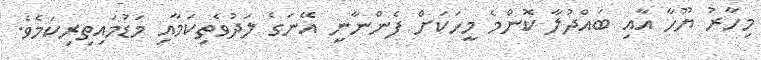
މިހާރު ޔޫހާ އާއި ބައްދުލާ ކޮންމެ މީހަކަށް ފެންނާނީ އޭނަގެ ލަދުވެތިކަމާއި މަޑުމައިތިރިކަމެވެ.